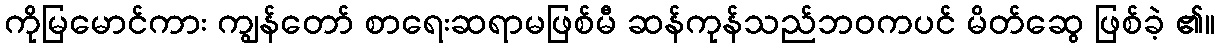
ကိုမြမောင်ကား ကျွန်တော် စာရေးဆရာမဖြစ်မီ ဆန်ကုန်သည်ဘဝကပင် မိတ်ဆွေ ဖြစ်ခဲ့ ၏။